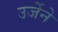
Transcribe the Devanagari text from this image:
उर्जेने